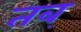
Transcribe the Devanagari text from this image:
तब्